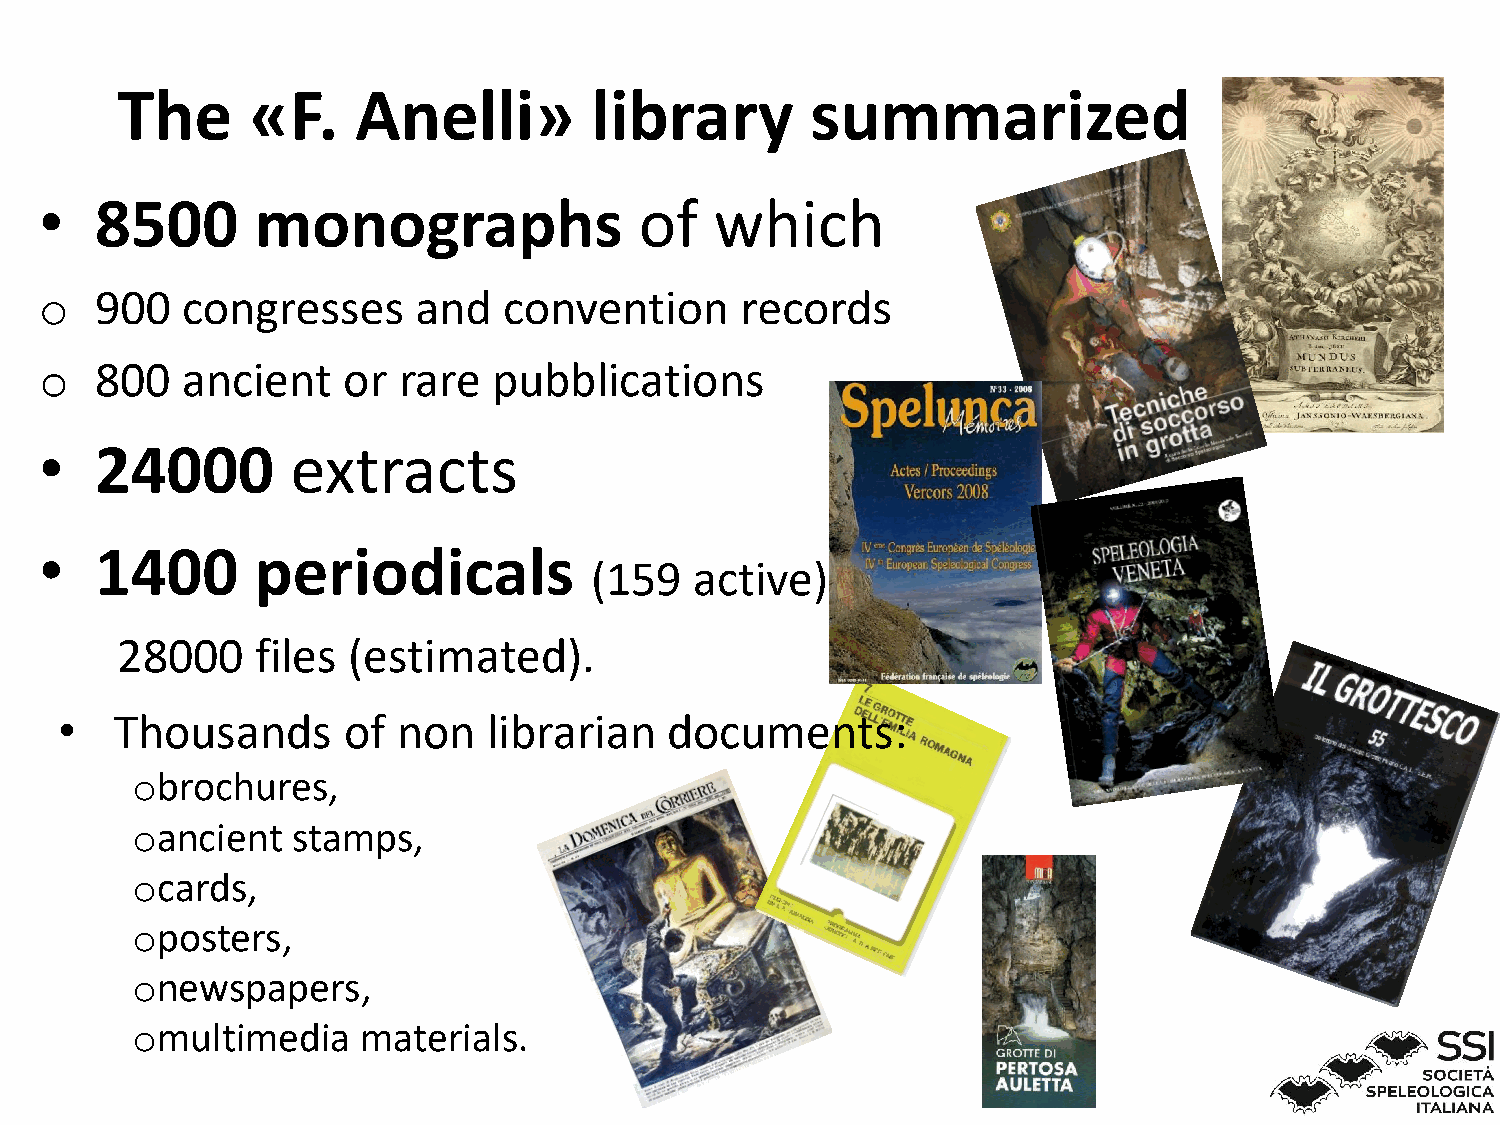
The      «F.    Anelli»        library        summarized
 •  8500       monographs               of   which
 o  900   congresses      and  convention      records
 o  800   ancient    or rare   pubblications
 •  24000        extracts
 •  1400       periodicals
 (159   active)
 28000    files (estimated).
 •   Thousands      of non   librarian   documents:
 obrochures,
 oancient  stamps,
 ocards,
 oposters,
 onewspapers,
 omultimedia    materials.